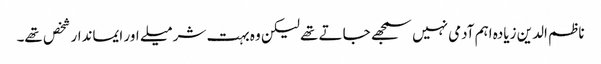
ناظم الدین زیادہ اہم آدمی نہیں سمجھے جاتے تھے لیکن وہ بہت شرمیلے اور ایماندار شخص تھے۔